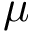
\mu